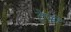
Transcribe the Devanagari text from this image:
ट्रेफो